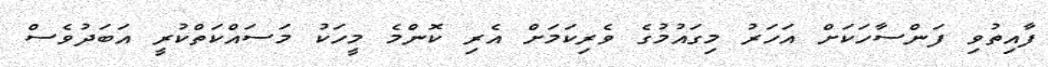
ފާއިތުވި ފަންސާހަކަށް އަހަރު މިގައުމުގެ ވެރިކަމަށް އެރި ކޮންމެ މީހަކު މަސައްކަތްކުރީ އަބަދުވެސް